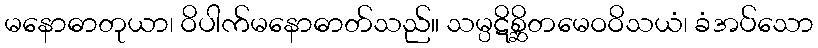
မနောဓာတုယာ၊ ဝိပါက်မနောဓာတ်သည်။ သမ္ပဋိစ္ဆိတမေဝဝိသယံ၊ ခံအပ်သော